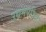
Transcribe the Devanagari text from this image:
उद्यमपत्रिका